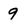
Character: 9